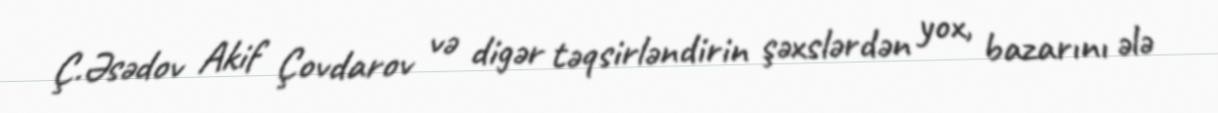
Ç.Əsədov Akif Çovdarov və digər təqsirləndirin şəxslərdən yox, bazarını ələ